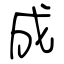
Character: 成